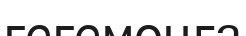
гегемонға